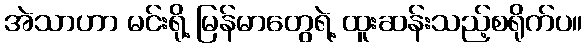
အဲသာဟာ မင်းရို့ မြန်မာတွေရဲ့ ထူးဆန်းသည့်စရိုက်ပ။